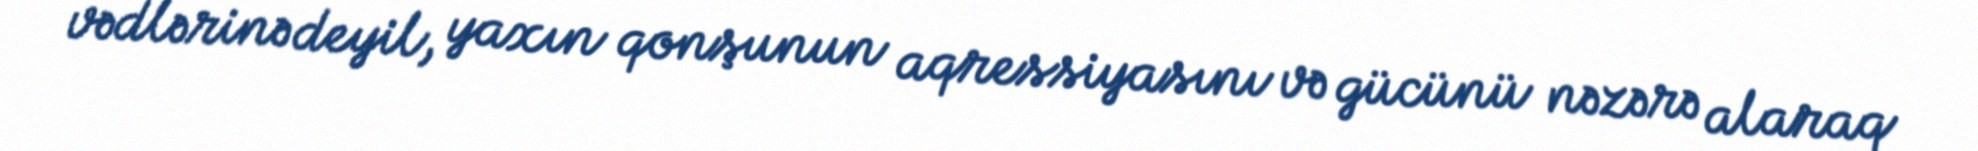
vədlərinə deyil, yaxın qonşunun aqressiyasını və gücünü nəzərə alaraq